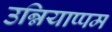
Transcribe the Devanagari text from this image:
उन्नियाप्पम